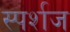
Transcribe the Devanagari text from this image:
स्पर्शज